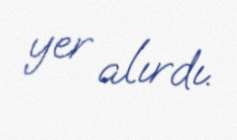
yer alırdı.